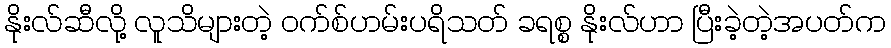
နိုးလ်ဆီလို့ လူသိများတဲ့ ဝက်စ်ဟမ်းပရိသတ် ခရစ္စ နိုးလ်ဟာ ပြီးခဲ့တဲ့အပတ်က